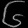
Digit: ၆